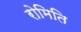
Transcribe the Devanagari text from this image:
रोमिति